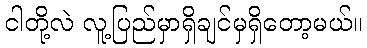
ငါတို့လဲ လူ့ပြည်မှာရှိချင်မှရှိတော့မယ်။